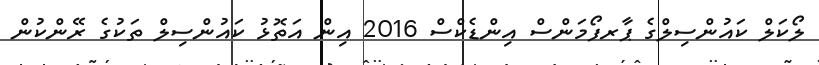
ލޯކަލް ކައުންސިލްގެ ޕާރފޯމަންސް އިންޑެކްސް 2016 އިން އަތޮޅު ކައުންސިލް ތަކުގެ ރޭންކުން